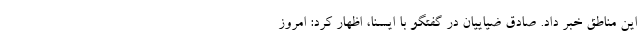
این مناطق خبر داد. صادق ضیاییان در گفتگو با ایسنا، اظهار کرد: امروز